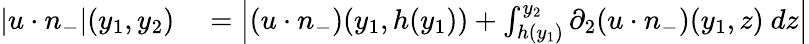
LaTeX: \begin{array}{rl}{|u\cdot n_{-}|(y_{1},y_{2})}&{{}=\left|(u\cdot n_{-})(y_{1},h(y_{1}))+\int_{h(y_{1})}^{y_{2}}\partial_{2}(u\cdot n_{-})(y_{1},z)\ dz\right|}\end{array}